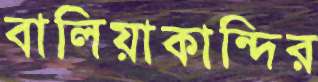
বালিয়াকান্দির